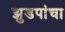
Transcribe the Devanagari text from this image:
झुडपांचा